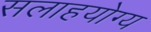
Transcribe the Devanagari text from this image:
सलाहयोग्य